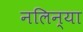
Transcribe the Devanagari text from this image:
नलिन्या